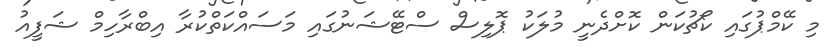
މި ކޭމްޕުގައި ކޯޗުކަން ކޮށްދެނީ މުލަކު ޕޮލިސް ސްޓޭޝަނުގައި މަސައްކަތްކުރާ އިބްރާހިމް ޝަފީއު